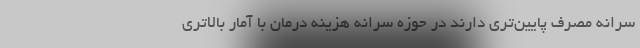
سرانه مصرف پایین‌تری دارند در حوزه سرانه هزینه درمان با آمار بالاتری